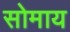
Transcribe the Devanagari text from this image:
सोमाय